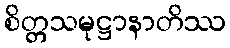
စိတ္တသမုဋ္ဌာနာတိဿ